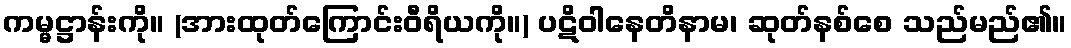
ကမ္မဋ္ဌာန်းကို။ (အားထုတ်ကြောင်းဝီရိယကို။) ပဋိဝါနေတိနာမ၊ ဆုတ်နစ်စေ သည်မည်၏။